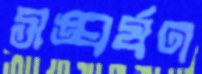
সঙ্ঘর্ষণ